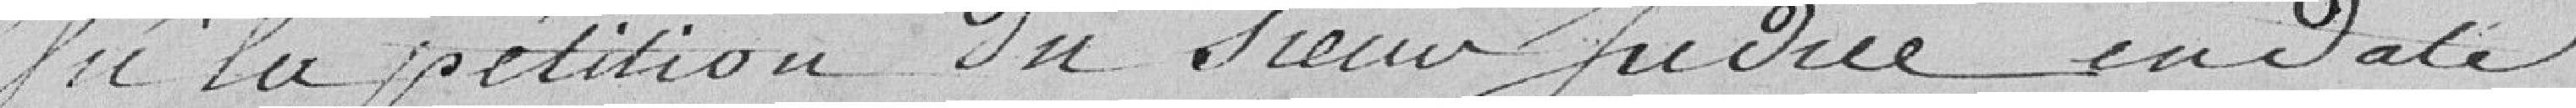
Vu la pétition du sieur  ...... en date